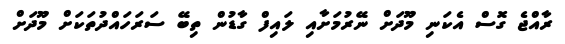
ރާއްޖެ ގޮސް އެކަނި މޫދަށް ނޭރުމަށާއި ލައިފް ގާޑުން ތިބޭ ސަރަހައްދުތަކަށް މޫދަށް